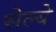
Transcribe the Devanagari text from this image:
सेल्ये